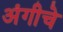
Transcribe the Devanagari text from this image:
अंगीचे